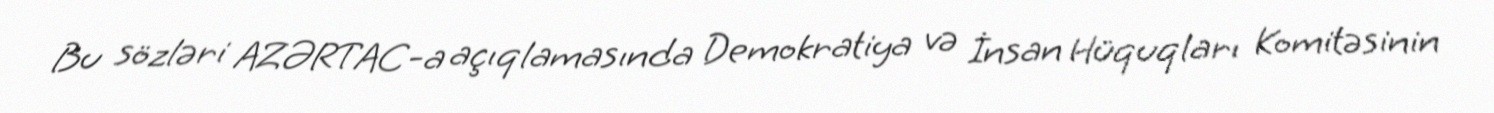
Bu sözləri AZƏRTAC-a açıqlamasında Demokratiya və İnsan Hüquqları Komitəsinin